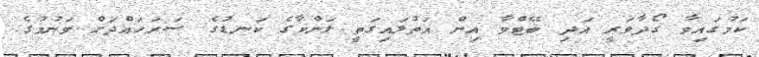
ކަމުގައިވާ ގޯދާވަރީ އަދި ބޭޓްވާ އިން އަތުލައިގަތީ ލަންކާގެ ކަނޑުގެ ސަރަހައްދަށް ވަނުމުގެ